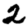
Digit: 2